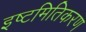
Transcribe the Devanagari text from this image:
इष्‍टमितिकरण